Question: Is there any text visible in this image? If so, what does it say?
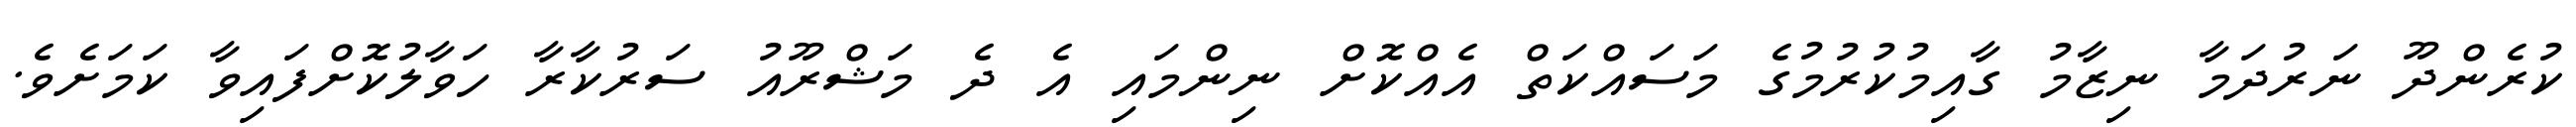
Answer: ކުރެންދޫ ނަރުދަމާ ނިޒާމު ގާއިމުކުރުމުގެ މަސައްކަތް އެއްކޮށް ނިންމައި އެ ދެ މަޝްރޫއު ސަރުކާރާ ހަވާލުކޮށްފައިވާ ކަމަށެވެ.